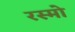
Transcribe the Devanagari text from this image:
रस्मो